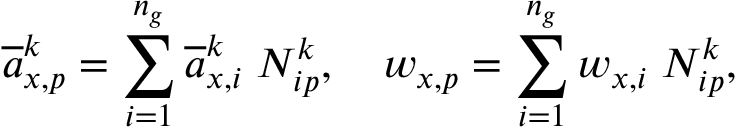
\overline { { a } } _ { x , p } ^ { k } = \sum _ { i = 1 } ^ { n _ { g } } \overline { { a } } _ { x , i } ^ { k } \; N _ { i p } ^ { k } , \quad w _ { x , p } = \sum _ { i = 1 } ^ { n _ { g } } w _ { x , i } \; N _ { i p } ^ { k } ,